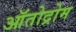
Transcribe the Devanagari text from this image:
ऑतोद्रोम